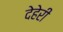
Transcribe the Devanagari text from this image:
देहेरी